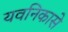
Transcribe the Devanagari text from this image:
यवनिकासे